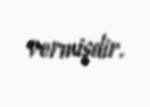
vermişdir.